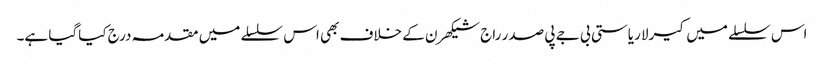
اس سلسلے میں کیرلا ریاستی بی جے پی صدر راج شیکھرن کے خلاف بھی اس سلسلے میں مقدمہ درج کیاگیا ہے۔